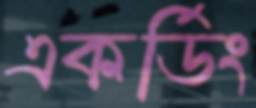
একর্ডিং